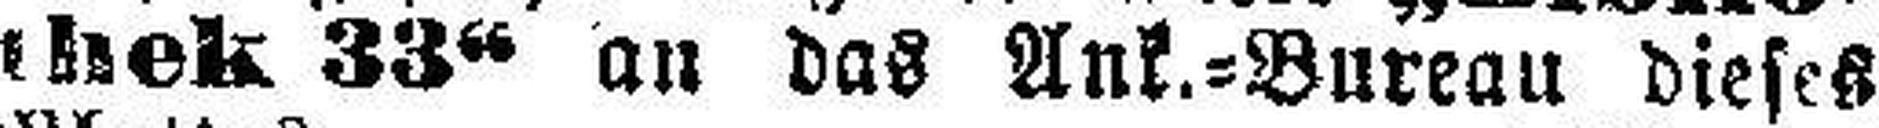
thek 33“ an das Ank.=Bureau dieses